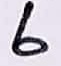
Text: 6